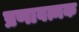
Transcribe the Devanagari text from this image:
प्रणावत्मक